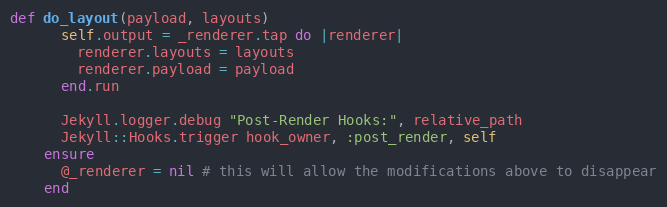
Language: Ruby
def do_layout(payload, layouts)
      self.output = _renderer.tap do |renderer|
        renderer.layouts = layouts
        renderer.payload = payload
      end.run

      Jekyll.logger.debug "Post-Render Hooks:", relative_path
      Jekyll::Hooks.trigger hook_owner, :post_render, self
    ensure
      @_renderer = nil # this will allow the modifications above to disappear
    end